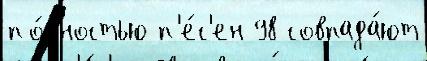
по́лностью п'е́с'ен 98 совпада́ют